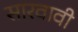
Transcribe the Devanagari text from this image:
सारवावी